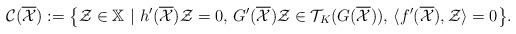
LaTeX: \begin{align*} \mathcal{C}(\overline{\mathcal{X}}):=\big\{\mathcal{Z}\in\mathbb{X}\ |\ h'(\overline{\mathcal{X}})\mathcal{Z}=0,\,G'(\overline{\mathcal{X}})\mathcal{Z}\in\mathcal{T}_{K}(G(\overline{\mathcal{X}})),\, \langle f'(\overline{\mathcal{X}}),\mathcal{Z}\rangle=0\big\}. \end{align*}